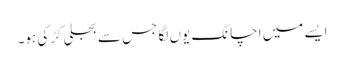
ایسے میں اچانک یوں لگا جس سے بجلی کڑکی ہو۔